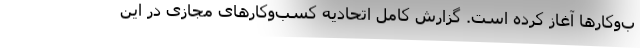
ب‌وکارها آغاز کرده است. گزارش کامل اتحادیه کسب‌وکارهای مجازی در این